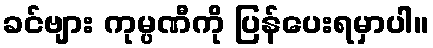
ခင်ဗျား ကုမ္ပဏီကို ပြန်ပေးရမှာပါ။